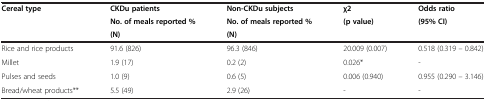
<table><thead><tr><td rowspan="3"><b>Cereal type</b></td><td><b>CKDu patients</b></td><td><b>Non-CKDu subjects</b></td><td><b>χ2</b></td><td><b>Odds ratio</b></td></tr><tr><td><b>No. of meals reported %</b></td><td><b>No. of meals reported %</b></td><td><b>(p value)</b></td><td><b>(95% CI)</b></td></tr><tr><td><b>(N)</b></td><td><b>(N)</b></td><td><b> </b></td><td><b> </b></td></tr></thead><tbody><tr><td>Rice and rice products</td><td>91.6 (826)</td><td>96.3 (846)</td><td>20.009 (0.007)</td><td>0.518 (0.319 – 0.842)</td></tr><tr><td>Millet</td><td>1.9 (17)</td><td>0.2 (2)</td><td>0.026*</td><td>-</td></tr><tr><td>Pulses and seeds</td><td>1.0 (9)</td><td>0.6 (5)</td><td>0.006 (0.940)</td><td>0.955 (0.290 – 3.146)</td></tr><tr><td>Bread/wheat products**</td><td>5.5 (49)</td><td>2.9 (26)</td><td>-</td><td>-</td></tr></tbody></table>